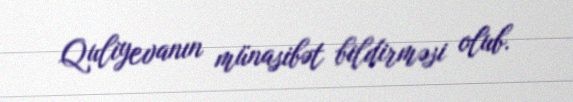
Quliyevanın münasibət bildirməsi olub.